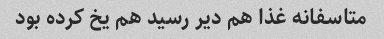
متاسفانه غذا هم دیر رسید هم یخ کرده بود